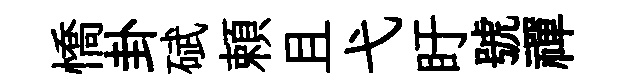
憍卦碔頼且弋盱號禪